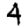
Digit: 4